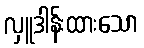
လှူဒါန်းထားသော